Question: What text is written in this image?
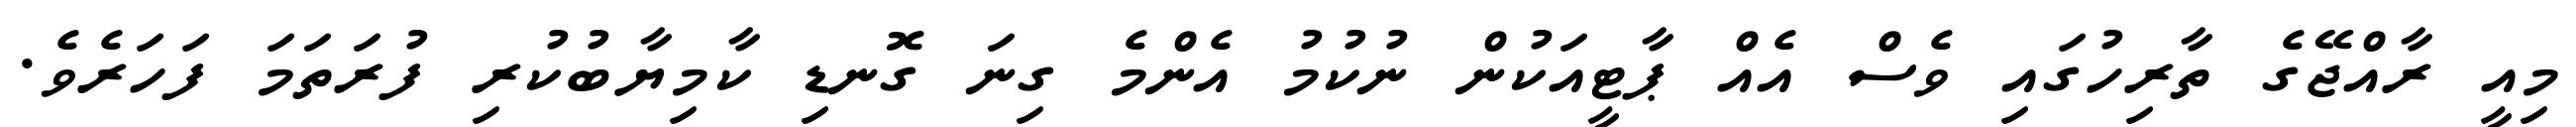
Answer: މިއީ ރާއްޖޭގެ ތާރިހުގައި ވެސް އެއް ޕާޓީއަކުން ނުކުމު އެންމެ ގިނަ ގޮނޑި ކާމިޔާބުކުރި ފުރަތަމަ ފަހަރެވެ.